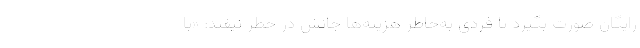
رایگان صورت بگیرد تا فردی به‌خاطر هزینه‌ها جانش در خطر نیفتد: «با